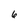
Character: 6